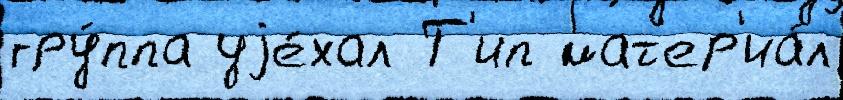
гру́ппа уjе́хал Т'ип мат'ер'иа́л